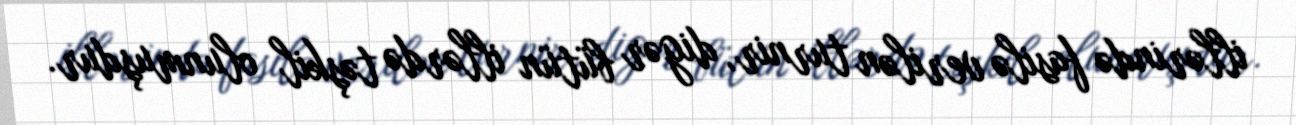
illərində fasilə verilən turnir, digər bütün illərdə təşkil olunmuşdur.